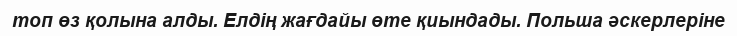
топ өз қолына алды. Елдің жағдайы өте қиындады. Польша әскерлеріне